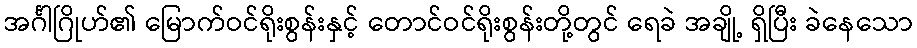
အင်္ဂါဂြိုဟ်၏ မြောက်ဝင်ရိုးစွန်းနှင့် တောင်ဝင်ရိုးစွန်းတို့တွင် ရေခဲ အချို့ ရှိပြီး ခဲနေသော